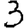
Digit: 3